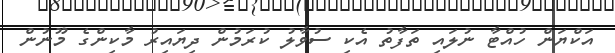
އަކްޔަން ހުއްޓާ ނުލައި ތަފާތު އެކި ސުވާލު ކުރަމުން ދިޔައިރު މާކިންގެ މޫނުން